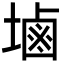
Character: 塷